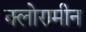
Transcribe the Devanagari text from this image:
क्लोरामीन